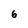
Character: 6